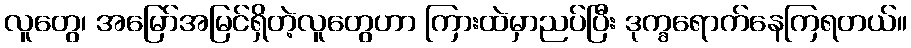
လူတွေ၊ အမြော်အမြင်ရှိတဲ့လူတွေဟာ ကြားထဲမှာညပ်ပြီး ဒုက္ခရောက်နေကြရတယ်။